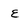
Character: E